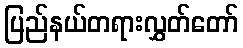
ပြည်နယ်တရားလွှတ်တော်